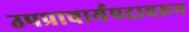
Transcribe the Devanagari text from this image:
उपप्राचार्यपदावरून